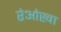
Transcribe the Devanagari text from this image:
रेओखा